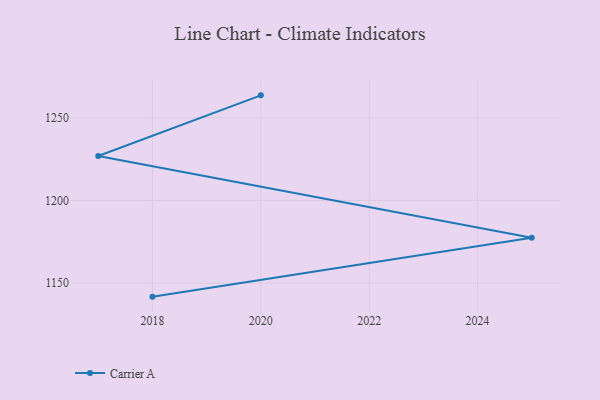
{"axis": {"x": "Year", "y": "Active Users"}, "legend": ["Carrier A"], "data": [{"x": "2020", "y": 1263.6, "type": "Carrier A"}, {"x": "2017", "y": 1226.9, "type": "Carrier A"}, {"x": "2025", "y": 1177.5, "type": "Carrier A"}, {"x": "2018", "y": 1141.8, "type": "Carrier A"}]}